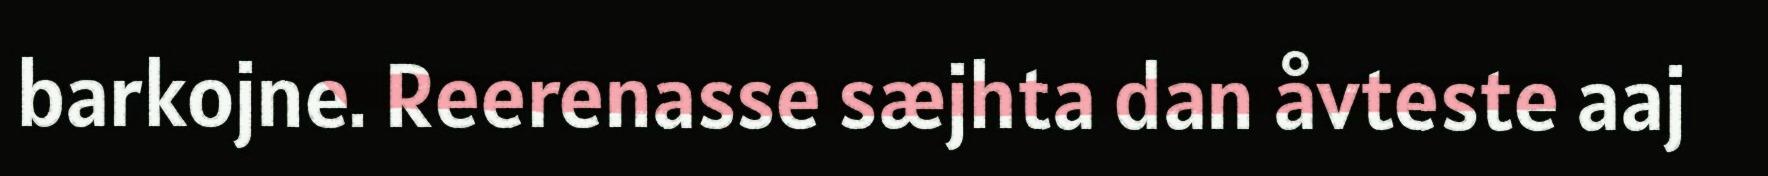
barkojne. Reerenasse sæjhta dan åvteste aaj